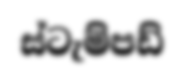
ස්ටැම්පඩ්